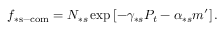
f _ { \ast \mathrm { s - c o m } } = N _ { \ast s } \exp \left[ - \gamma _ { \ast s } P _ { t } - \alpha _ { \ast s } m ^ { \prime } \right] .